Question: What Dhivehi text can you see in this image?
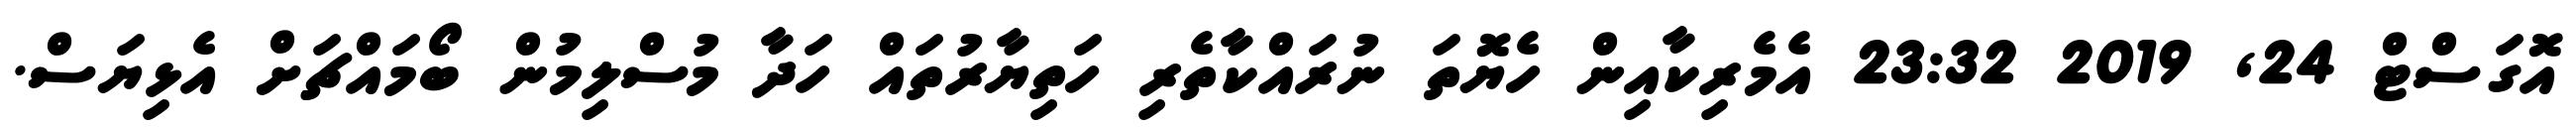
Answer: އޮގަސްޓް 24, 2019 23:32 އެމެރިކާއިން ހެޔޮތަ ނުރައްކާތެރި ހަތިޔާރުތައް ހަދާ މުސްލިމުން ބޯމައްޗަށް އެޅިޔަސް.